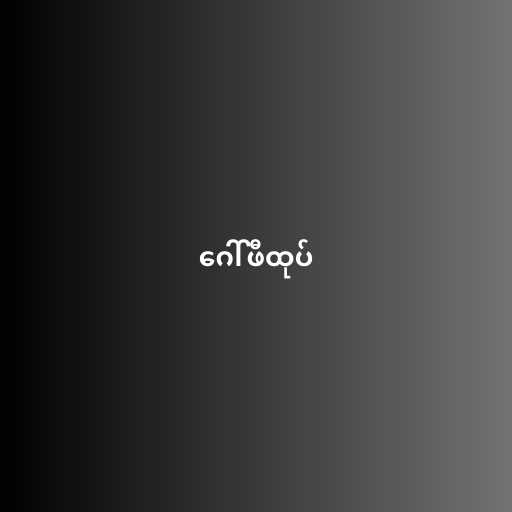
ဂေါ်ဖီထုပ်